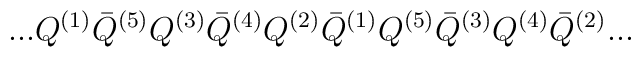
...Q^{(1)}{\bar Q}^{(5)}Q^{(3)}{\bar Q}^{(4)}Q^{(2)}{\bar Q}^{(1)}Q^{(5)}{\bar Q}^{(3)}Q^{(4)}{\bar Q}^{(2)}...